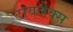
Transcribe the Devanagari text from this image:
टायलेक्स